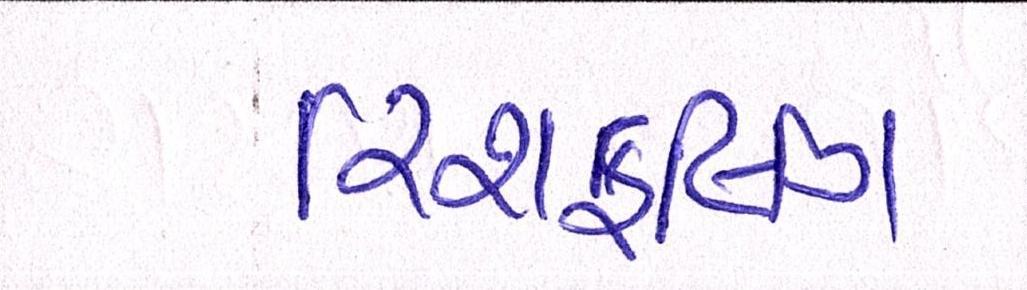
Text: રિશફલિંગ